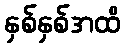
နှစ်နှစ်အထိ